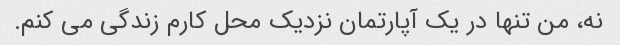
نه، من تنها در یک آپارتمان نزدیک محل کارم زندگی می کنم.